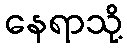
နေရာသို့